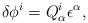
LaTeX: \begin{align*}\delta \phi^i = Q^i_\alpha \epsilon^\alpha,\end{align*}